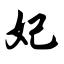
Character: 妃